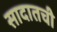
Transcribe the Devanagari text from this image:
सादातची